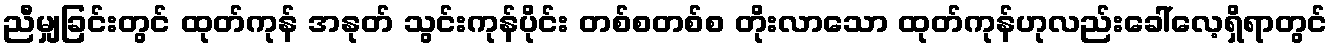
ညီမျှခြင်းတွင် ထုတ်ကုန် အနုတ် သွင်းကုန်ပိုင်း တစ်စတစ်စ တိုးလာသော ထုတ်ကုန်ဟုလည်းခေါ်လေ့ရှိရာတွင်